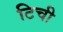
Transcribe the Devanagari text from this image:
टिची